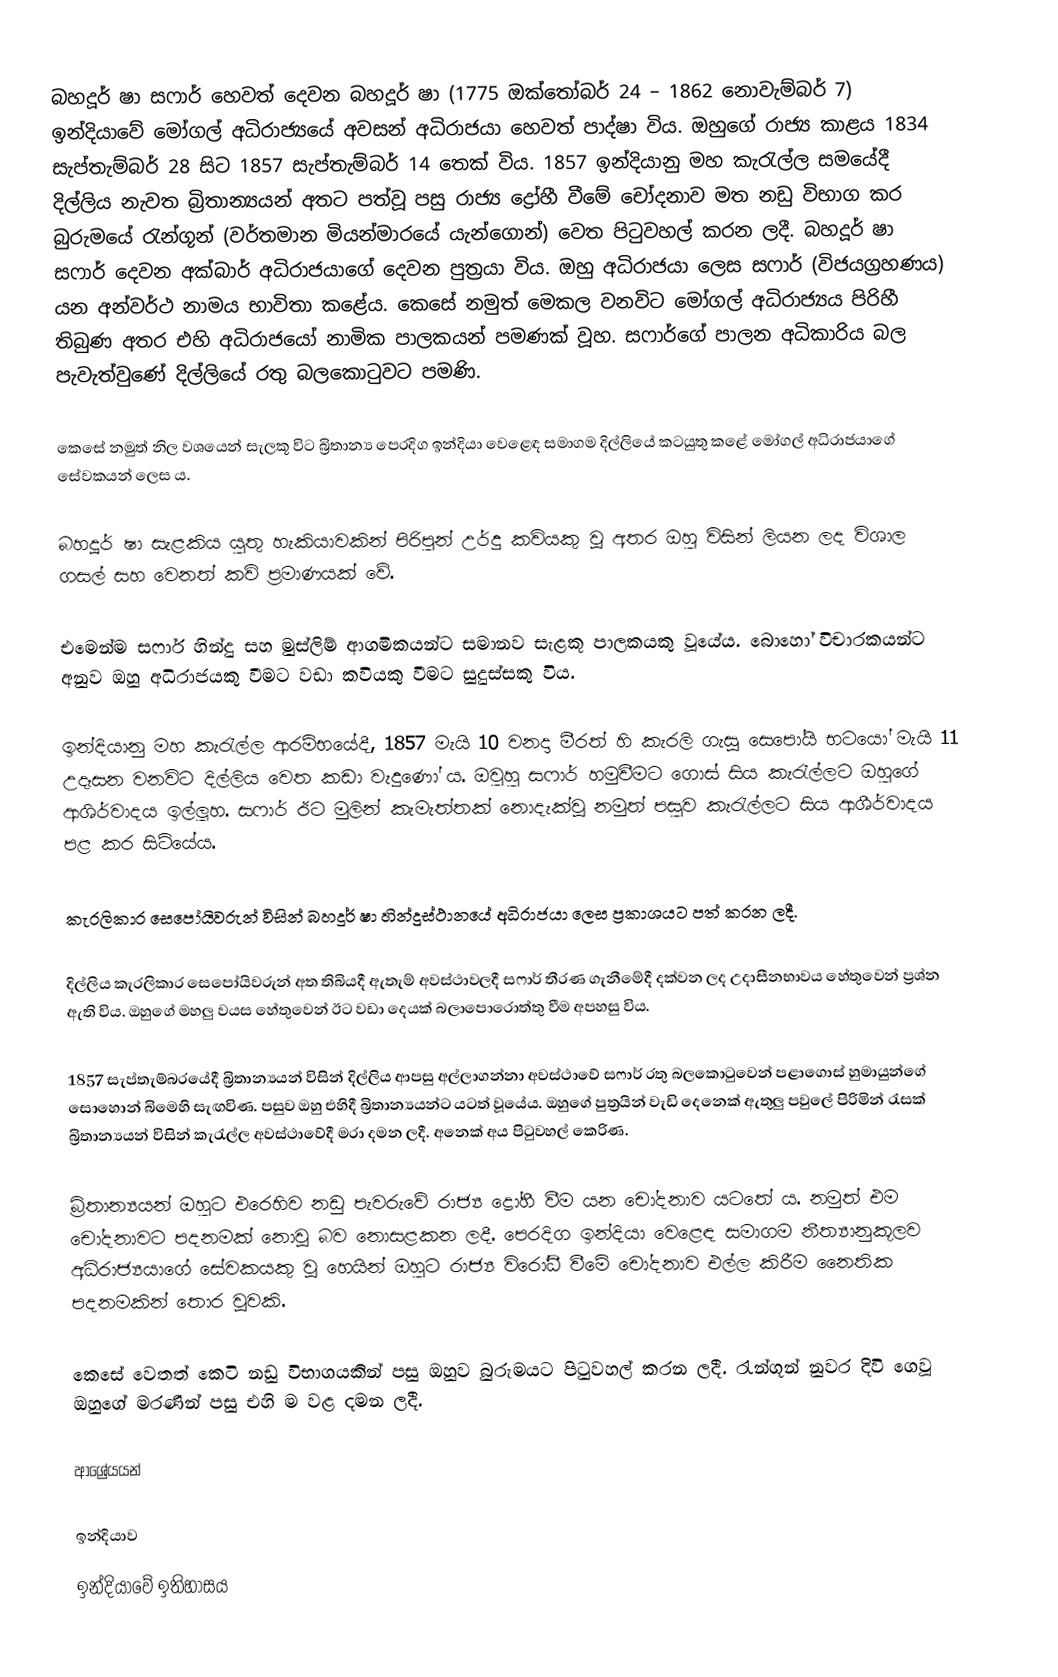
බහදූර් ෂා සෆාර් හෙවත් දෙවන බහදූර් ෂා (1775 ඔක්තෝබර් 24 – 1862 නොවැම්බර් 7) ඉන්දියාවේ මෝගල් අධිරාජ්‍යයේ අවසන් අධිරාජයා හෙවත් පාද්ෂා විය. ඔහුගේ රාජ්‍ය කාළය 1834 සැප්තැම්බර් 28 සිට 1857 සැප්තැම්බර් 14 තෙක් විය. 1857 ඉන්දියානු මහ කැරැල්ල සමයේදී දිල්ලිය නැවත බ්‍රිතාන්‍යයන් අතට පත්වූ පසු රාජ්‍ය ද්‍රෝහී වීමේ චෝදනාව මත නඩු විභාග කර බුරුමයේ රැන්ගූන් (වර්තමාන මියන්මාරයේ යැන්ගොන්) වෙත පිටුවහල් කරන ලදී. බහදූර් ෂා සෆාර් දෙවන අක්බාර් අධිරාජයාගේ දෙවන පුත්‍රයා විය. ඔහු අධිරාජයා ලෙස සෆාර් (විජයග්‍රහණය) යන අන්වර්ථ නාමය භාවිතා කළේය. කෙසේ නමුත් මෙකල වනවිට මෝගල් අධිරාජ්‍යය පිරිහී තිබුණ අතර එහි අධිරාජයෝ නාමික පාලකයන් පමණක් වූහ. සෆාර්ගේ පාලන අධිකාරිය බල පැවැත්වුණේ දිල්ලියේ රතු බලකොටුවට පමණි.

කෙසේ නමුත් නිල වශයෙන් සැලකූ විට බ්‍රිතාන්‍ය පෙරදිග ඉන්දියා වෙළෙඳ සමාගම දිල්ලියේ කටයුතු කළේ මෝගල් අධිරාජයාගේ සේවකයන් ලෙස ය.

බහදූර් ෂා සැළකිය යුතු හැකියාවකින් පිරිපුන් උර්දු කවියකු වූ අතර ඔහු විසින් ලියන ලද විශාල ගසල් සහ වෙනත් කවි ප්‍රමාණයක් වේ.

එමෙන්ම සෆාර් හින්දු සහ මුස්ලිම් ආගමිකයන්ට සමානව සැළකූ පාලකයකු වූයේය. බොහෝ විචාරකයන්ට අනුව ඔහු අධිරාජයකු වීමට වඩා කවියකු වීමට සුදුස්සකු විය.

ඉන්දියානු මහ කැරැල්ල ආරම්භයේදී, 1857 මැයි 10 වනදා මීරත් හි කැරලි ගැසූ සෙපෝයි භටයෝ මැයි 11 උදෑසන වනවිට දිල්ලිය වෙත කඩා වැදුණෝ ය. ඔවුහු සෆාර් හමුවීමට ගොස් සිය කැරැල්ලට ඔහුගේ ආශිර්වාදය ඉල්ලූහ. සෆාර් ඊට මුලින් කැමැත්තක් නොදැක්වූ නමුත් පසුව කැරැල්ලට සිය ආශීර්වාදය පළ කර සිටියේය.

කැරලිකාර සෙපෝයිවරුන් විසින් බහදූර් ෂා හින්දුස්ථානයේ අධිරාජයා ලෙස ප්‍රකාශයට පත් කරන ලදී.

දිල්ලිය කැරලිකාර සෙපෝයිවරුන් අත තිබියදී ඇතැම් අවස්ථාවලදී සෆාර් තීරණ ගැනීමේදී දක්වන ලද උදාසීනභාවය හේතුවෙන් ප්‍රශ්න ඇති විය. ඔහුගේ මහලු වයස හේතුවෙන් ඊට වඩා දෙයක් බලාපොරොත්තු වීම අපහසු විය.

1857 සැප්තැම්බරයේදී බ්‍රිතාන්‍යයන් විසින් දිල්ලිය ආපසු අල්ලාගන්නා අවස්ථාවේ සෆාර් රතු බලකොටුවෙන් පළාගොස් හුමායුන්ගේ සොහොන් බිමෙහි සැඟවිණ. පසුව ඔහු එහිදී බ්‍රිතාන්‍යයන්ට යටත් වූයේය. ඔහුගේ පුත්‍රයින් වැඩි දෙනෙක් ඇතුලු පවුලේ පිරිමින් රැසක් බ්‍රිතාන්‍යයන් විසින් කැරැල්ල අවස්ථාවේදී මරා දමන ලදී. අනෙක් අය පිටුවහල් කෙරිණ.

බ්‍රිතාන්‍යයන් ඔහුට එරෙහිව නඩු පැවරුවේ රාජ්‍ය ද්‍රෝහී වීම යන චෝදනාව යටතේ ය. නමුත් එම චෝදනාවට පදනමක් නොවූ බව නොසළකන ලදී. පෙරදිග ඉන්දියා වෙළෙඳ සමාගම නීත්‍යානුකූලව අධිරාජ්‍යයාගේ සේවකයකු වූ හෙයින් ඔහුට රාජ්‍ය විරෝධී වීමේ චෝදනාව එල්ල කිරීම නෛතික පදනමකින් තොර වූවකි.

කෙසේ වෙතත් කෙටි නඩු විභාගයකින් පසු ඔහුව බුරුමයට පිටුවහල් කරන ලදී. රැන්ගූන් නුවර දිවි ගෙවූ ඔහුගේ මරණින් පසු එහි ම වළ දමන ලදී.

ආශ්‍රේයයන්

ඉන්දියාව
ඉන්දියාවේ ඉතිහාසය